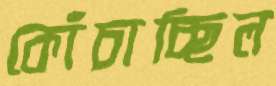
কোঁচাচ্ছিল